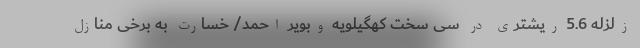
زلزله 5.6 ریشتری در سی سختِ كهگيلويه وبوير احمد/ خسارت به برخی منازل